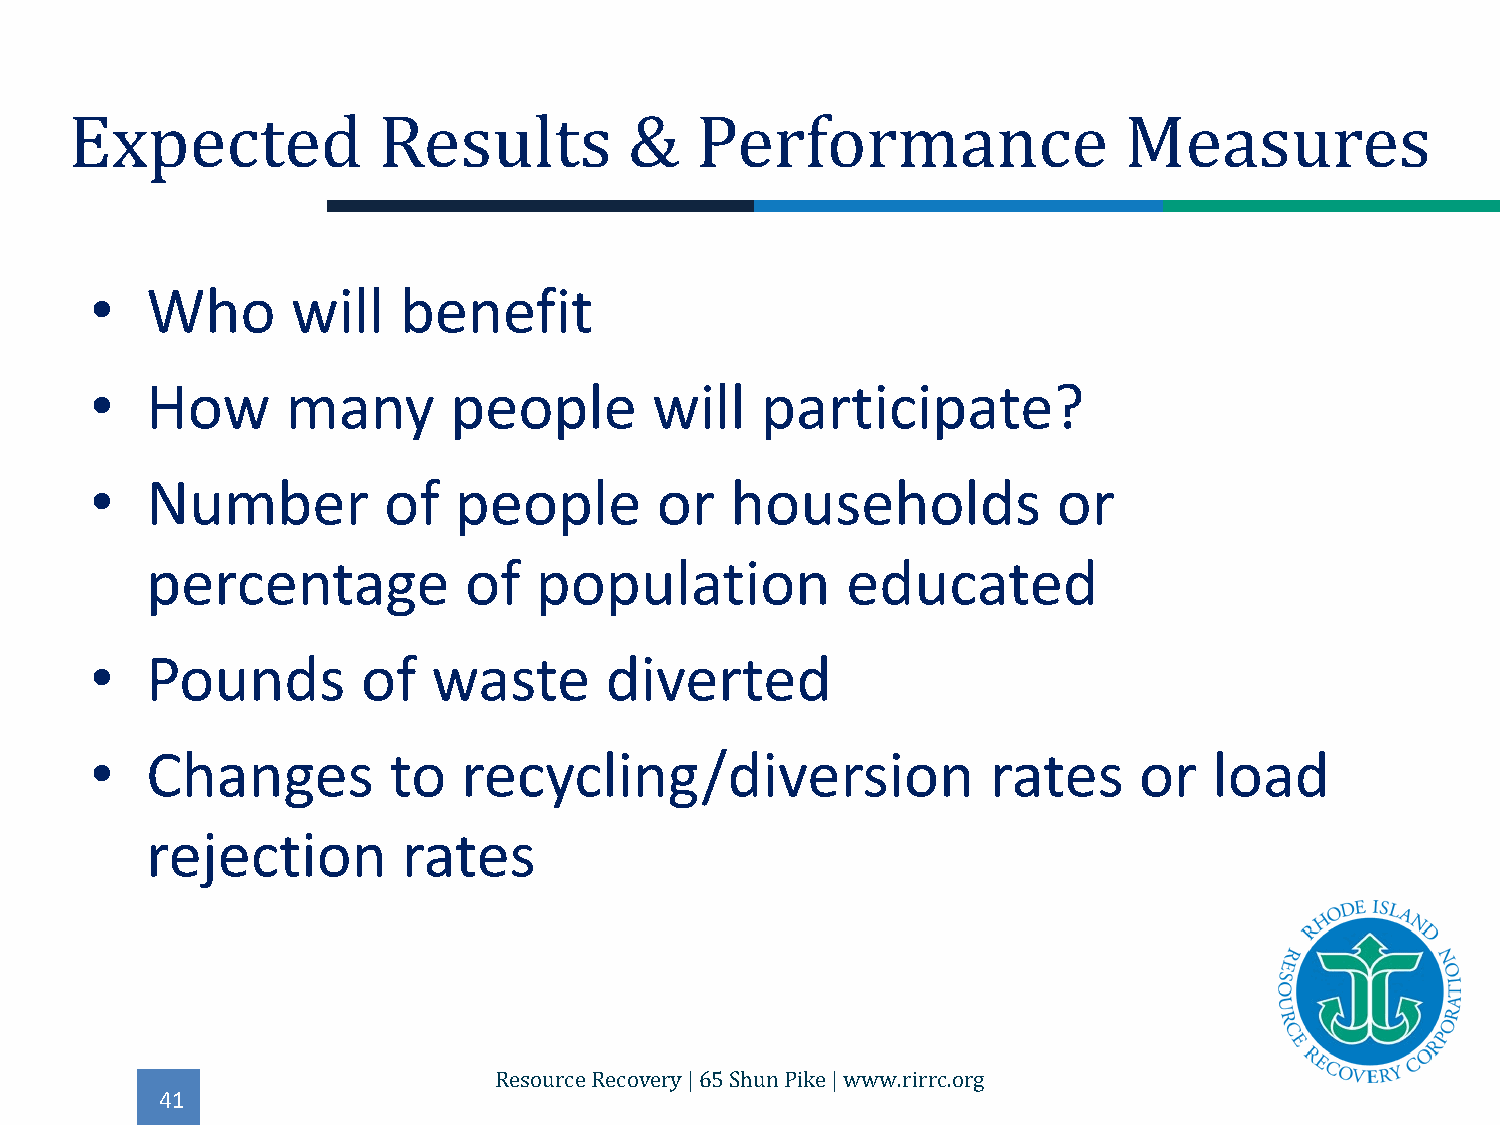
Expected            Results          &   Performance                 Measures
 •   Who      will   benefit
 •   How      many       people       will   participate?
 •   Number         of   people       or   households            or
 percentage           of  population           educated
 •   Pounds        of   waste      diverted
 •   Changes         to   recycling/diversion                rates    or   load
 rejection        rates
 41
 Resource Recovery | 65 Shun Pike | www.rirrc.org